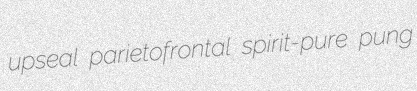
upseal parietofrontal spirit-pure pung